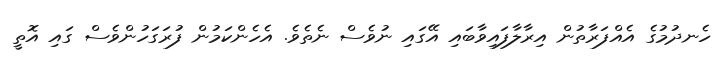
ހެނދުމުގެ އެއްފަރާތުން އިރާލާފައިވާބައި އޭގައި ނުވެސް ނެތެވެ. އެހެންކަމުން ފުރަގަހުންވެސް ގައި އޮތީ